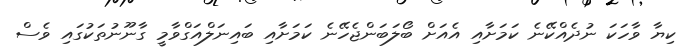
ކިޔާ ވާހަކަ ނުދެއްކޭނެ ކަމަށާއި އެއަށް ބޯލަބަންޖެހޭނެ ކަމަށާއި ބައިނަލްއަގްވާމީ ގާނޫނުތަކުގައި ވެސް